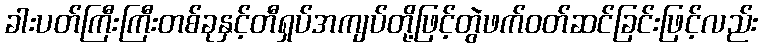
ခါးပတ်ကြီးကြီးတစ်ခုနှင့်တီရှပ်အကျပ်တို့ဖြင့်တွဲဖက်ဝတ်ဆင်ခြင်းဖြင့်လည်း